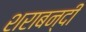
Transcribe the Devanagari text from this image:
शराबन्दी